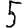
Digit: 5